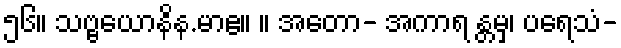
၅၆။ သဗ္ဗယောနိန.မာဧ။ ။ အတော- အကာရ န္တမှ၊ ပရေသံ-